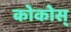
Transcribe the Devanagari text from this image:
कोकोस्